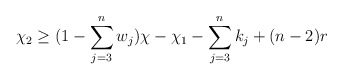
\begin{align*}\chi_2 \geq (1 -\sum\limits_{j = 3}^n w_j)\chi - \chi_1 - \sum\limits_{j =3}^n k_j +(n-2)r\end{align*}